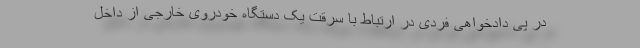
در پی دادخواهی فردی در ارتباط با سرقت یک دستگاه خودروی خارجی از داخل